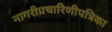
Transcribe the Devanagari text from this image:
नागरीप्रचारिणीपत्रिका